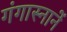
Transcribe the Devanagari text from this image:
गंगास्नानें